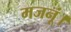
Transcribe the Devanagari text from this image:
मजनूं।